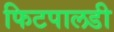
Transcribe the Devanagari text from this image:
फिटपालडी